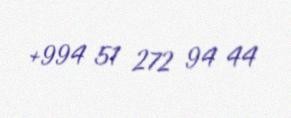
+994 51 272 94 44